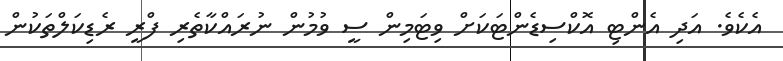
އެކެވެ. އަދި އެންޓި އޮކްސިޑެންޓަކަށް ވިޓަމިން ސީ ވުމުން ނުރައްކާތެރި ފްރީ ރެޑިކަލްތަކުން